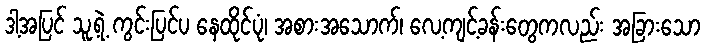
ဒါ့အပြင် သူ့ရဲ့ ကွင်းပြင်ပ နေထိုင်ပုံ၊ အစားအသောက်၊ လေ့ကျင့်ခန်းတွေကလည်း အခြားသော